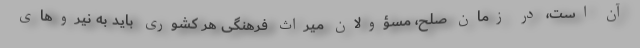
آن است، در زمان صلح، مسؤولان میراث فرهنگی هر کشوری باید به نیروهای